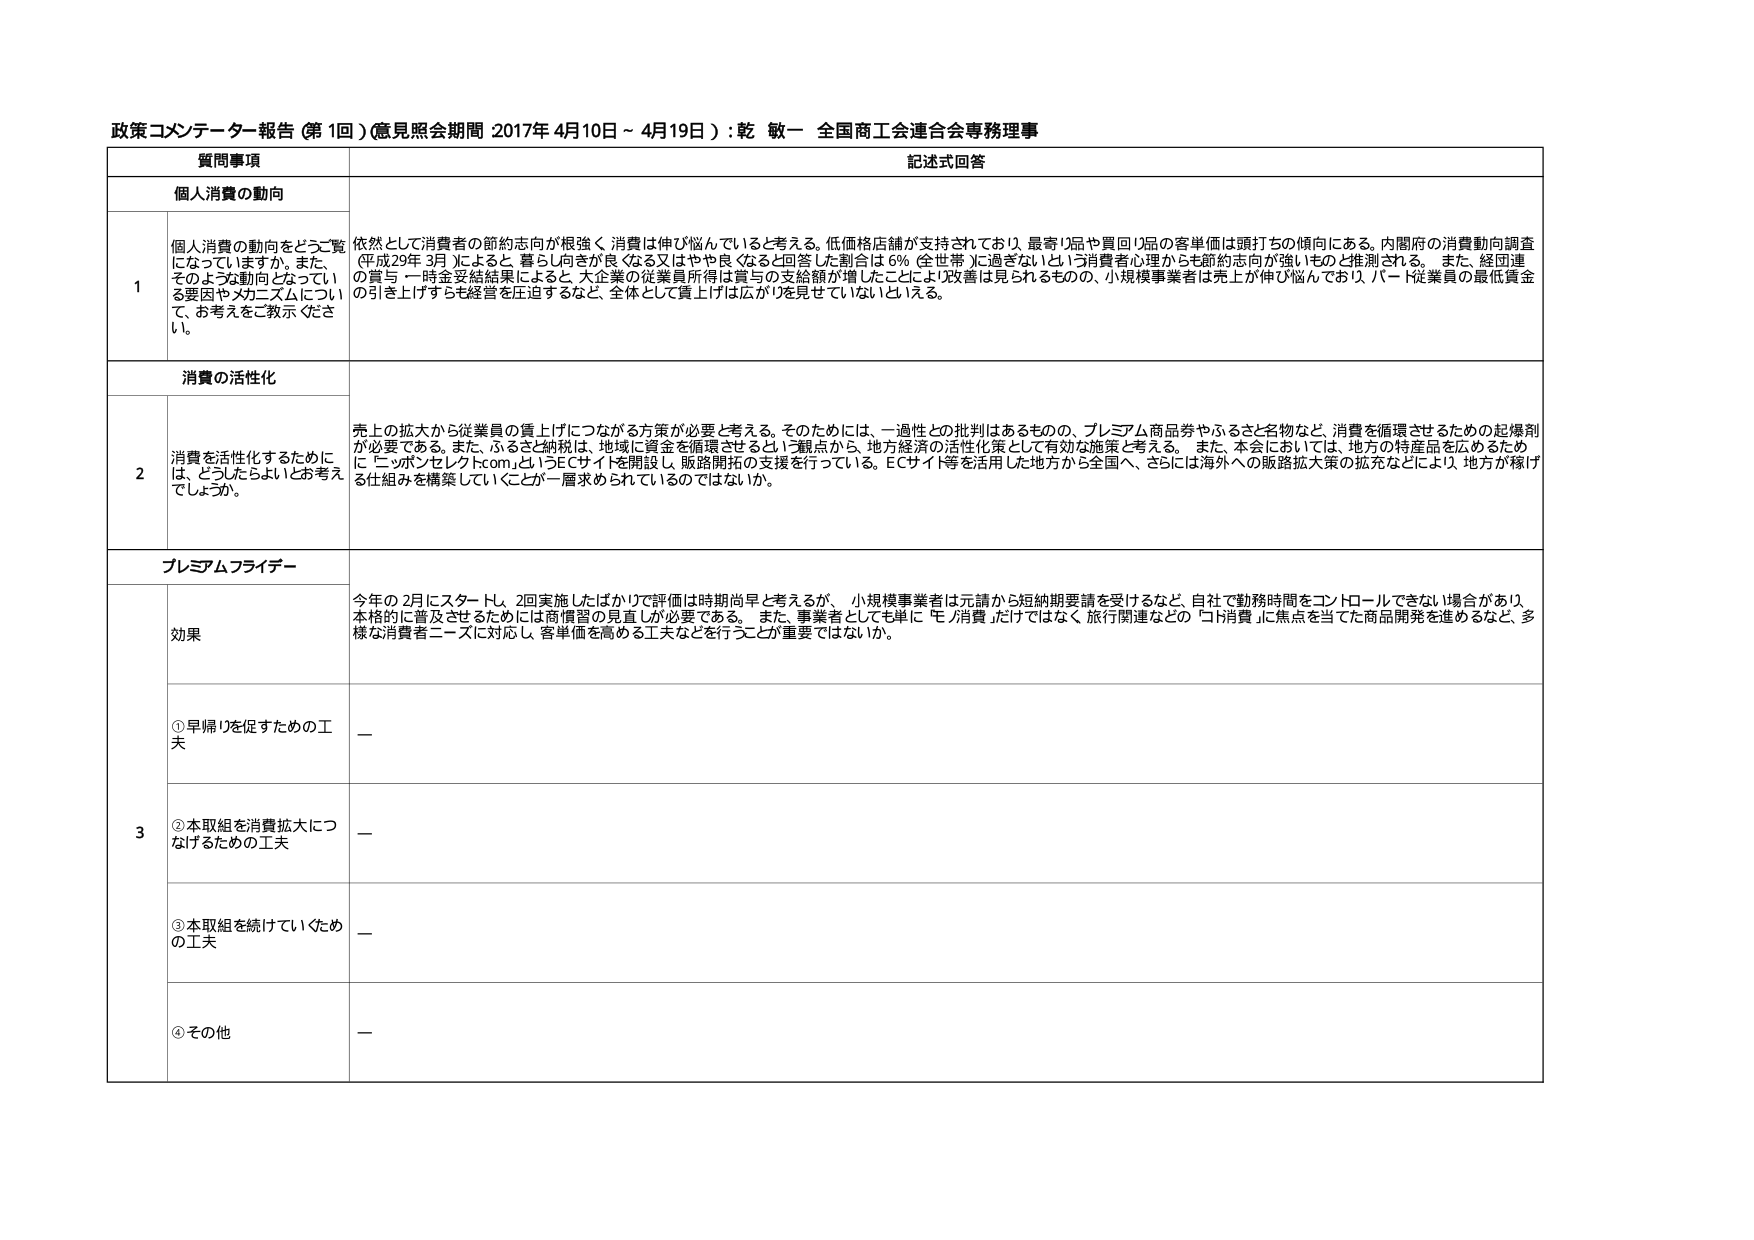
政策コメンテーター報告（第1回）（意見照会期間 2017年4月10日～4月19日）：乾 敏一 全国商工会連合会専務理事

質問事項 記述式回答

個人消費の動向

1 個人消費の動向をどうご覧になっていますか。また、そのような動向となっている要因やメカニズムについて、お考えをご教示ください。
依然として消費者の節約志向が根強く、消費は伸び悩んでいると考える。低価格店舗が支持されており、最寄り品や買回り品の客単価は頭打ちの傾向にある。内閣府の消費動向調査（平成29年3月）によると、暮らし向きが良くなる又はやや良くなると回答した割合は6％（全世帯）に過ぎないという消費者心理からも節約志向が強いものと推測される。また、経団連の賞与・一時金支給結果によると、大企業の従業員所得は賞与の支給額が増したことにより改善は見られるものの、小規模事業者は売上に伸び悩んでおり、パート従業員の最低賃金の引き上げすらも経営を圧迫するなど、全体として賃上げは広がりを見せていないといえる。

消費の活性化

2 消費を活性化するためには、どうしたらよいとお考えでしょうか。
売上の拡大から従業員の賃上げにつながる方策が必要と考える。そのためには、一過性との批判はあるものの、プレミアム商品券やふるさと名物など、消費を循環させるための起爆剤が必要である。また、ふるさと納税は、地域に資金を循環させるとの観点から、地方経済の活性化策として有効な施策と考える。また、本会においては、地方の特産品を広めるために「ニッポンセレクトcom」というECサイトを開設し、販路開拓の支援を行っている。ECサイト等を活用した地方から全国へ、さらには海外への販路拡大策の拡充などにより、地方が稼げる仕組みを構築していくことが一層求められているのではないか。

プレミアムフライデー

3 効果
今年の2月にスタートし、2回実施したばかりで評価は時期尚早と考えるが、小規模事業者は元請から短納期要請を受けるなど、自社で勤務時間をコントロールできない場合があり、本格的に普及させるためには商慣習の見直しが必要である。また、事業者としても単に「モノ消費」だけではなく、旅行関連などの「コト消費」に焦点を当てた商品開発を進めるなど、多様な消費者ニーズに対応し、客単価を高める工夫などを行うことが重要ではないか。

①早帰りを促すための工夫 —
②本取組を消費拡大につなげるための工夫 —
③本取組を続けていくための工夫 —
④その他 —